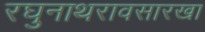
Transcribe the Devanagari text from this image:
रघुनाथरावसारखा